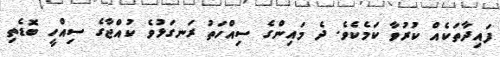
ފައިދާތަކެއް ކުރުވާ ކަމެކެވެ. ދެ މައިންގެ ސިއްހަތު ރަނގަޅުވެ ކުއްޖާގެ ސިއްހީ ބޮޑެތި